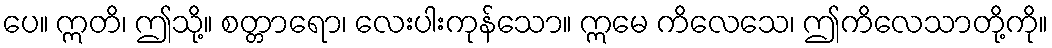
ပေ။ ဣတိ၊ ဤသို့။ စတ္တာရော၊ လေးပါးကုန်သော။ ဣမေ ကိလေသေ၊ ဤကိလေသာတို့ကို။